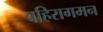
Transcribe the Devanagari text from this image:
बहिरागमन